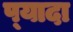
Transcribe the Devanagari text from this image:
प्‍यादा